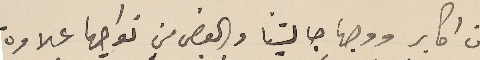
من اكابر ووجها جاليتنا والبعض من نواحيها علاوة